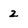
Character: 2